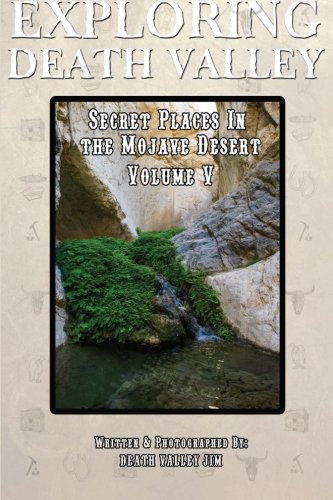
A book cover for Exploring Death Valley: Secret Places in the Mojave Desert Vol. V (Volume 5); Death Valley Jim; Travel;